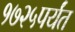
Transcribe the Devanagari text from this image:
१७२५पर्यंत